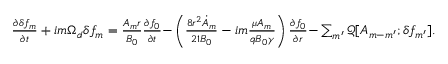
\begin{array} { r } { \frac { \partial \delta f _ { m } } { \partial t } + { i m \Omega _ { d } \delta f _ { m } } = \frac { A _ { m } r } { B _ { 0 } } \frac { \partial f _ { 0 } } { \partial t } { - \left( \frac { 8 r ^ { 2 } \dot { A } _ { m } } { 2 1 B _ { 0 } } - i m \frac { \mu A _ { m } } { q B _ { 0 } \gamma } \right) \frac { \partial f _ { 0 } } { \partial r } } { - \sum _ { m ^ { \prime } } \mathcal { Q } [ A _ { m - m ^ { \prime } } ; \delta f _ { m ^ { \prime } } ] . } } \end{array}